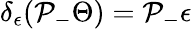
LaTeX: \delta_{\epsilon}(\mathcal{P}_{-}\Theta)=\mathcal{P}_{-}\epsilon